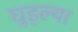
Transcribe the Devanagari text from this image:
घुड्ल्या